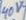
Text: 40V~